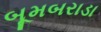
બૂમબરાડા